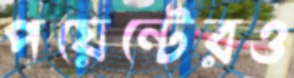
পয়েন্টেরও